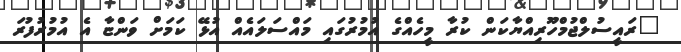
"ރައީސުލްޖުމްހޫރިއްޔާކަން ކުރާ މީހެއްގެ އުމުރުގައި މައްސަލައެއް އުޅޭ ކަމަށް ވަންޏާ އެ އުމުރުފުރަ